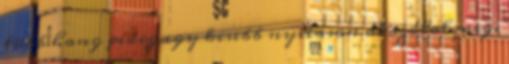
több hang pedig egy kisebb nyíláson át szólal meg.